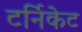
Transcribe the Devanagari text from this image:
टर्निकेट